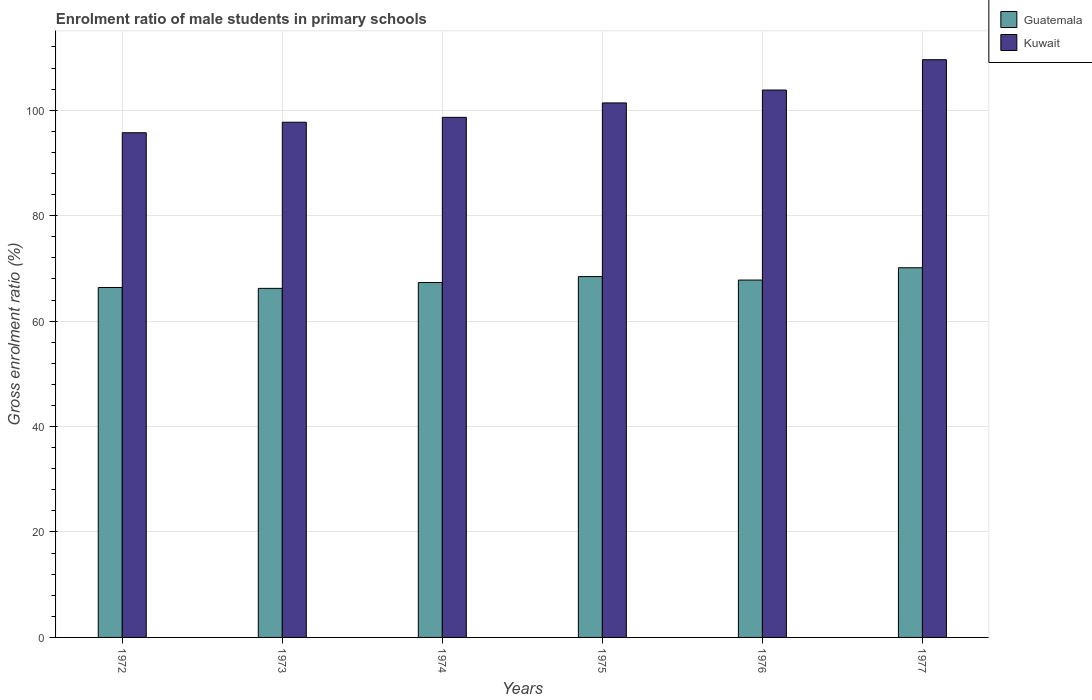
| Years | Guatemala | Kuwait |
 | --- | --- | --- |
 | 1972 | 66.4 | 95.7 |
 | 1973 | 66.2 | 97.7 |
 | 1974 | 67.3 | 98.7 |
 | 1975 | 68.4 | 101 |
 | 1976 | 67.8 | 104 |
 | 1977 | 70.1 | 110 |